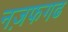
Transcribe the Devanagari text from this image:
नज़फगढ